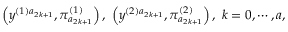
\left( y ^ { ( 1 ) a _ { 2 k + 1 } } , \pi _ { a _ { 2 k + 1 } } ^ { ( 1 ) } \right) , \; \left( y ^ { ( 2 ) a _ { 2 k + 1 } } , \pi _ { a _ { 2 k + 1 } } ^ { ( 2 ) } \right) , \; k = 0 , \cdots , a ,